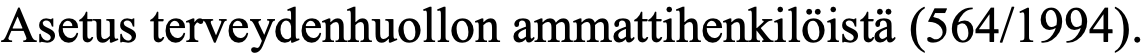
Asetus terveydenhuollon ammattihenkilöistä (564/1994).